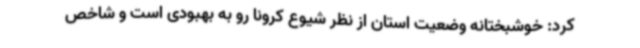
کرد: خوشبختانه وضعیت استان از نظر شیوع کرونا رو به بهبودی است و شاخص